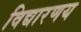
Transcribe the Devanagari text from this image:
विद्यारणय